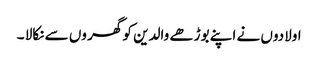
اولادوں نے اپنے بوڑھے والدین کو گھر وں سے نکالا ۔